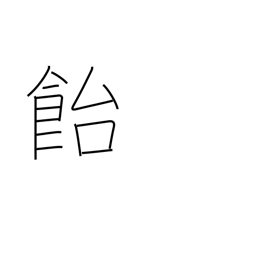
Meaning: candy